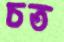
চত